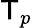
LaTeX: \mathsf{T}_{p}